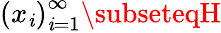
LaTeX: \left(x_{\mathit{i}}\right)_{\mathit{i}=1}^{\infty}\subseteqH